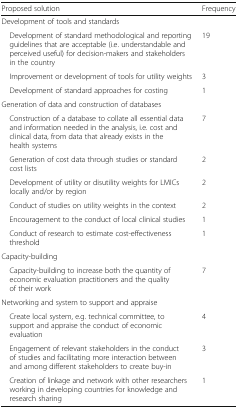
<table><thead><tr><td><b>Proposed solution</b></td><td><b>Frequency</b></td></tr></thead><tbody><tr><td colspan="2">Development of tools and standards</td></tr><tr><td> Development of standard methodological and reporting guidelines that are acceptable (i.e. understandable and perceived useful) for decision-makers and stakeholders in the country</td><td>19</td></tr><tr><td>ᅟImprovement or development of tools for utility weights</td><td>3</td></tr><tr><td> Development of standard approaches for costing</td><td>1</td></tr><tr><td colspan="2">Generation of data and construction of databases</td></tr><tr><td> Construction of a database to collate all essential data and information needed in the analysis, i.e. cost and clinical data, from data that already exists in the health systems</td><td>7</td></tr><tr><td> Generation of cost data through studies or standard cost lists</td><td>2</td></tr><tr><td> Development of utility or disutility weights for LMICs locally and/or by region</td><td>2</td></tr><tr><td> Conduct of studies on utility weights in the context</td><td>2</td></tr><tr><td> Encouragement to the conduct of local clinical studies</td><td>1</td></tr><tr><td> Conduct of research to estimate cost-effectiveness threshold</td><td>1</td></tr><tr><td colspan="2">Capacity-building</td></tr><tr><td> Capacity-building to increase both the quantity of economic evaluation practitioners and the quality of their work</td><td>7</td></tr><tr><td>Networking and system to support and appraise</td><td></td></tr><tr><td> Create local system, e.g. technical committee, to support and appraise the conduct of economic evaluation</td><td>4</td></tr><tr><td> Engagement of relevant stakeholders in the conduct of studies and facilitating more interaction between and among different stakeholders to create buy-in</td><td>3</td></tr><tr><td> Creation of linkage and network with other researchers working in developing countries for knowledge and research sharing</td><td>1</td></tr></tbody></table>